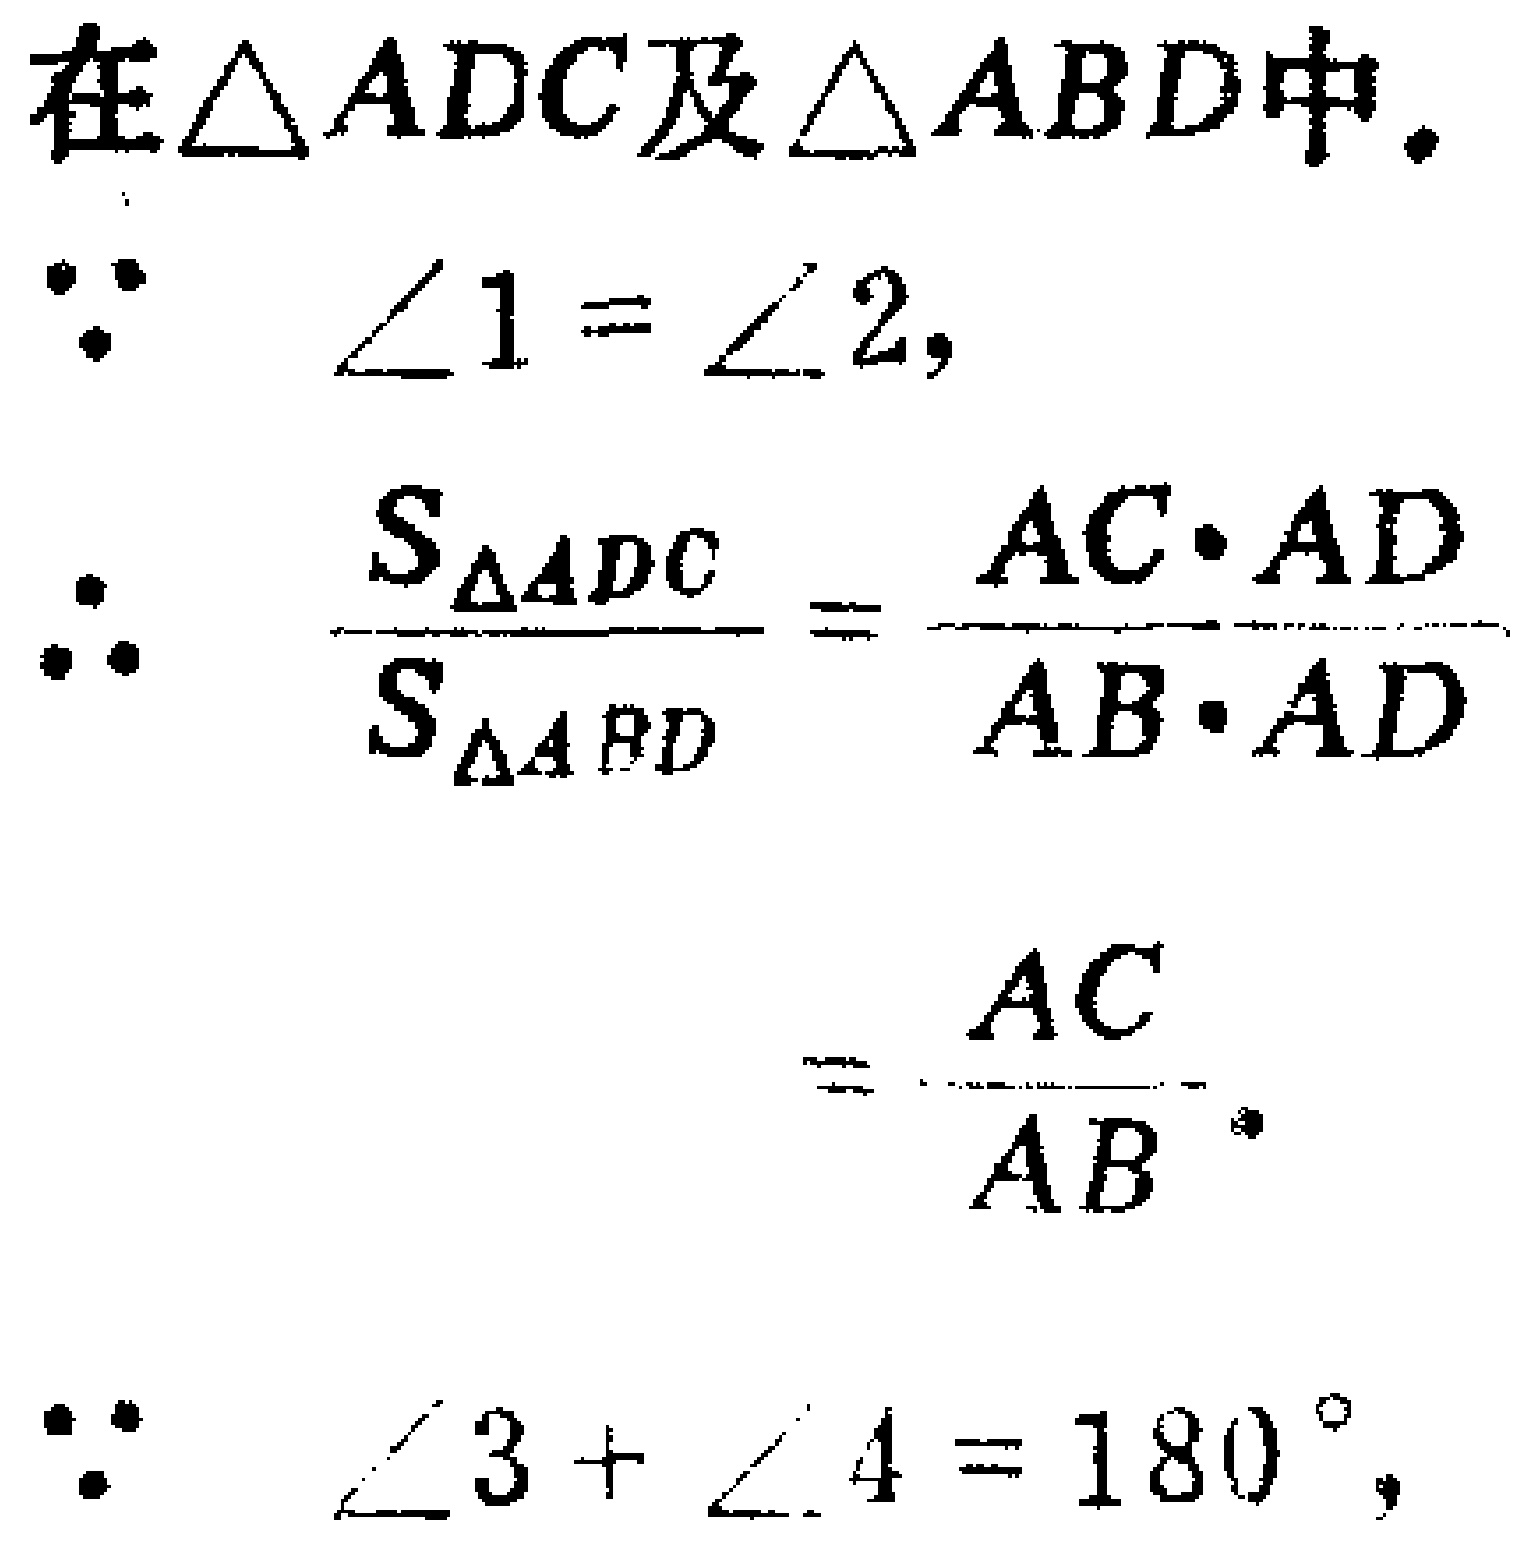
在$\triangle ADC$及$\triangle ABD$中.

$\because$ $\angle 1 = \angle 2,$

$\therefore$ $\frac{S_{\triangle ADC}}{S_{\triangle ABD}} = \frac{AC\cdot AD}{AB\cdot AD}$

$= \frac{AC}{AB}.$

$\because$ $\angle 3 + \angle 4 = 180^{\circ},$